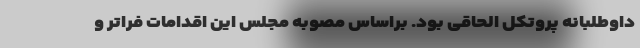
داوطلبانه پروتکل الحاقی بود. براساس مصوبه مجلس این اقدامات فراتر و